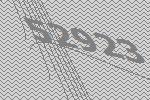
52923